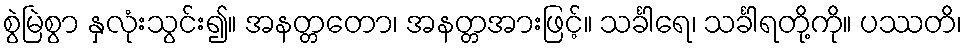
စွဲမြဲစွာ နှလုံးသွင်း၍။ အနတ္တတော၊ အနတ္တအားဖြင့်။ သင်္ခါရေ၊ သင်္ခါရတို့ကို။ ပဿတိ၊